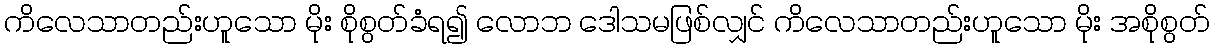
ကိလေသာတည်းဟူသော မိုး စိုစွတ်ခံရ၍ လောဘ ဒေါသမဖြစ်လျှင် ကိလေသာတည်းဟူသော မိုး အစိုစွတ်